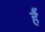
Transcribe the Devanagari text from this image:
र्है